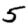
Digit: 5